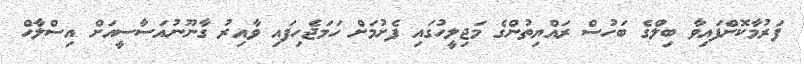
ފަރުމާކޮށްފައިވާ ބިލްގެ ބަހުސް ރައްޔިތުންގެ މަޖިލީހުގައި ފެށުމަށް ހަމަޖެހިފައި ވާއިރު ގާނޫނުއަސާސީއަށް އިސްލާހް